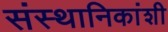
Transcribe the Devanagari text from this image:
संस्थानिकांशी